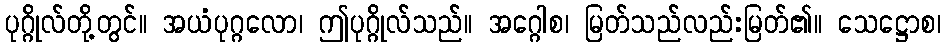
ပုဂ္ဂိုလ်တို့တွင်။ အယံပုဂ္ဂလော၊ ဤပုဂ္ဂိုလ်သည်။ အဂ္ဂေါစ၊ မြတ်သည်လည်းမြတ်၏။ သေဋ္ဌောစ၊